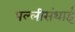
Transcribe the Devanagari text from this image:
पल्‍लीसंथाई